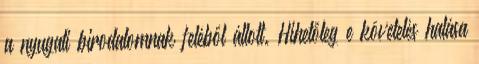
a nyugati birodalomnak feléből állott. Hihetőleg e követelés hatása